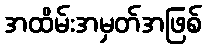
အထိမ်းအမှတ်အဖြစ်